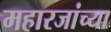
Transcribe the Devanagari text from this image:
महारजांच्या